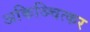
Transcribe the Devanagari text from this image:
अकिञ्चित्कर